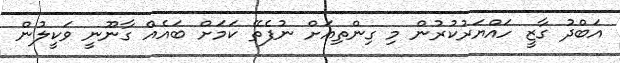
އަބްދު ގާޒީ ހައްޔަރުކުރުން މި ގިންތިއަށް ނުފެތޭ ކަމަށް ބައެއް ގާނޫނީ ވަކީލުން